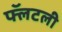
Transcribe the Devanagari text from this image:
फ्लॅटली